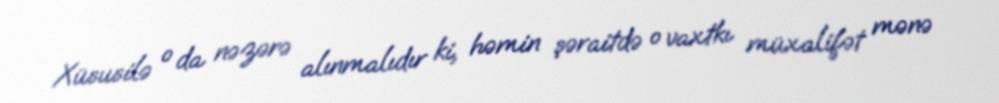
Xüsusilə o da nəzərə alınmalıdır ki, həmin şəraitdə o vaxtkı müxalifət mənə